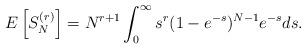
LaTeX: \begin{align*}E\left[S_N^{(r)}\right] = N^{r+1} \int_0^{\infty} s^r (1 - e^{- s})^{N-1} e^{-s} ds.\end{align*}